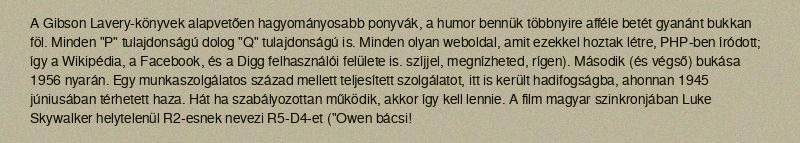
A Gibson Lavery-könyvek alapvetően hagyományosabb ponyvák, a humor bennük többnyire afféle betét gyanánt bukkan föl. Minden "P" tulajdonságú dolog "Q" tulajdonságú is. Minden olyan weboldal, amit ezekkel hoztak létre, PHP-ben íródott; így a Wikipédia, a Facebook, és a Digg felhasználói felülete is. szíjjel, megnízheted, rígen). Második (és végső) bukása 1956 nyarán. Egy munkaszolgálatos század mellett teljesített szolgálatot, itt is került hadifogságba, ahonnan 1945 júniusában térhetett haza. Hát ha szabályozottan működik, akkor így kell lennie. A film magyar szinkronjában Luke Skywalker helytelenül R2-esnek nevezi R5-D4-et ("Owen bácsi!